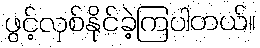
ဖွင့်လှစ်နိုင်ခဲ့ကြပါတယ်။